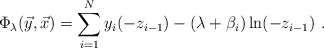
\begin{align*}\Phi_\lambda({\vec y},{\vec x}) =\sum_{i=1}^Ny_i(-z_{i-1})-(\lambda +\beta_i)\ln (-z_{i-1})~.\end{align*}